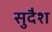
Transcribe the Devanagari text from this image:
सुदैश